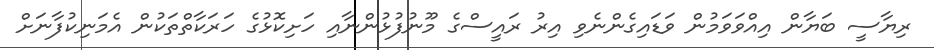
ރިޔާސީ ބަޔާން އިއްވަވަމުން ވަޑައިގެންނެވި އިރު ރައީސްގެ މޫނުފުޅުންނާއި ހަށިކޮޅުގެ ހަރަކާތްތަކުން އެމަނިކުފާނަށް